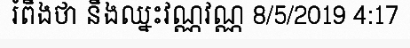
រំពឹងថា នឹងឈ្នះវណ្ណវណ្ណ 8/5/2019 4:17